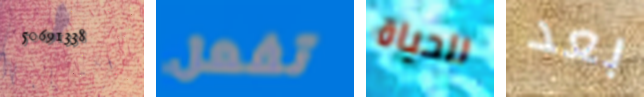
50691338 تفعل للحياة بعد